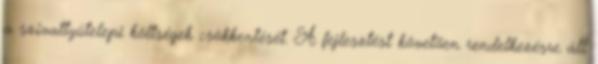
a szivattyútelepi költségek csökkentését. A fejlesztést követõen rendelkezésre áll